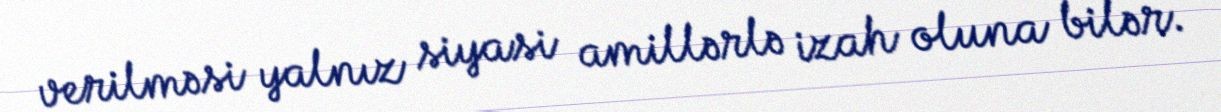
verilməsi yalnız siyasi amillərlə izah oluna bilər.